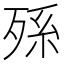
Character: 𣨒